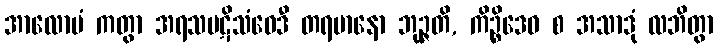
အာလောပံ ကတွာ အရသပဋိသံဝေဒီ တရမာနော ဘုဉ္ဇတိ, ကိဉ္စိဒေဝ စ အသာဒုံ လဘိတွာ